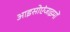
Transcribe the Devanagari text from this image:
आइसोएंजाइमों